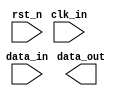
// This program was cloned from: https://github.com/Nitcloud/Digital-IDE
// License: GNU General Public License v3.0

module HDMI_in #(
    parameter    INPUT_WIDTH  = 12,
    parameter    OUTPUT_WIDTH = 12
) (
    input                           clk_in,
    input                           rst_n,
    input  [INPUT_WIDTH - 1 : 0]    data_in,
    output [OUTPUT_WIDTH - 1 : 0]   data_out
);

endmodule  //HDMI_in